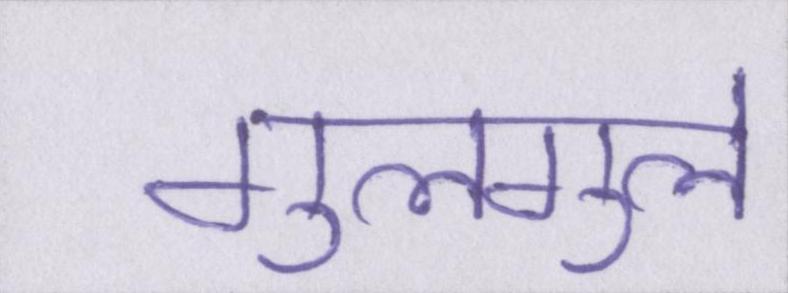
गुलगुले